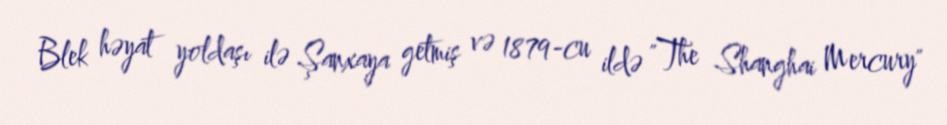
Blek həyat yoldaşı ilə Şanxaya getmiş və 1879-cu ildə "The Shanghai Mercury"